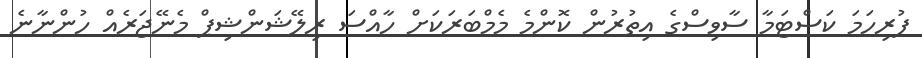
ފުރިހަމަ ކަސްޓަމާ ސާވިސްގެ އިތުރުން ކޮންމެ މެމްބަރަކަށް ހާއްސަ ރިލޭޝަންޝިޕް މެނޭޖަރެއް ހުންނާނެ